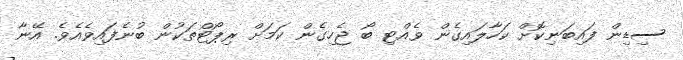
ސިޑިން ފައިބަނިކޮށް ކަހާލައިގެން ވެއްޓި ބޯ ޖެހިގެން ކަމަށް ރިޕޯޓްތަކުން ބުނެފައިވެއެވެ. އޭނާ